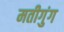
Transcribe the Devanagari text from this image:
मतीगुंग